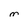
Character: M